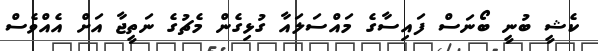
ކެޝީ ބުނީ ބޯނަސް ފައިސާގެ މައްސަލައާ ގުޅިގެން މެޗުގެ ނަތީޖާ އަށް އެއްވެސް